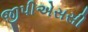
જીપીએસસી